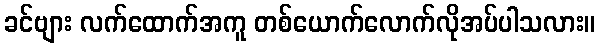
ခင်ဗျား လက်ထောက်အကူ တစ်ယောက်လောက်လိုအပ်ပါသလား။